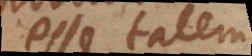
esse talem,